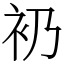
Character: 𧘌